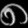
Digit: ၈